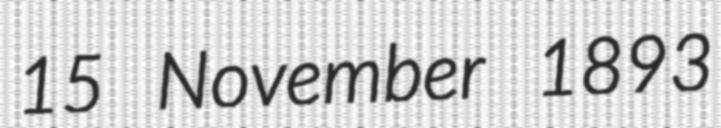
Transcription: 15 November 1893